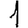
Digit: 1